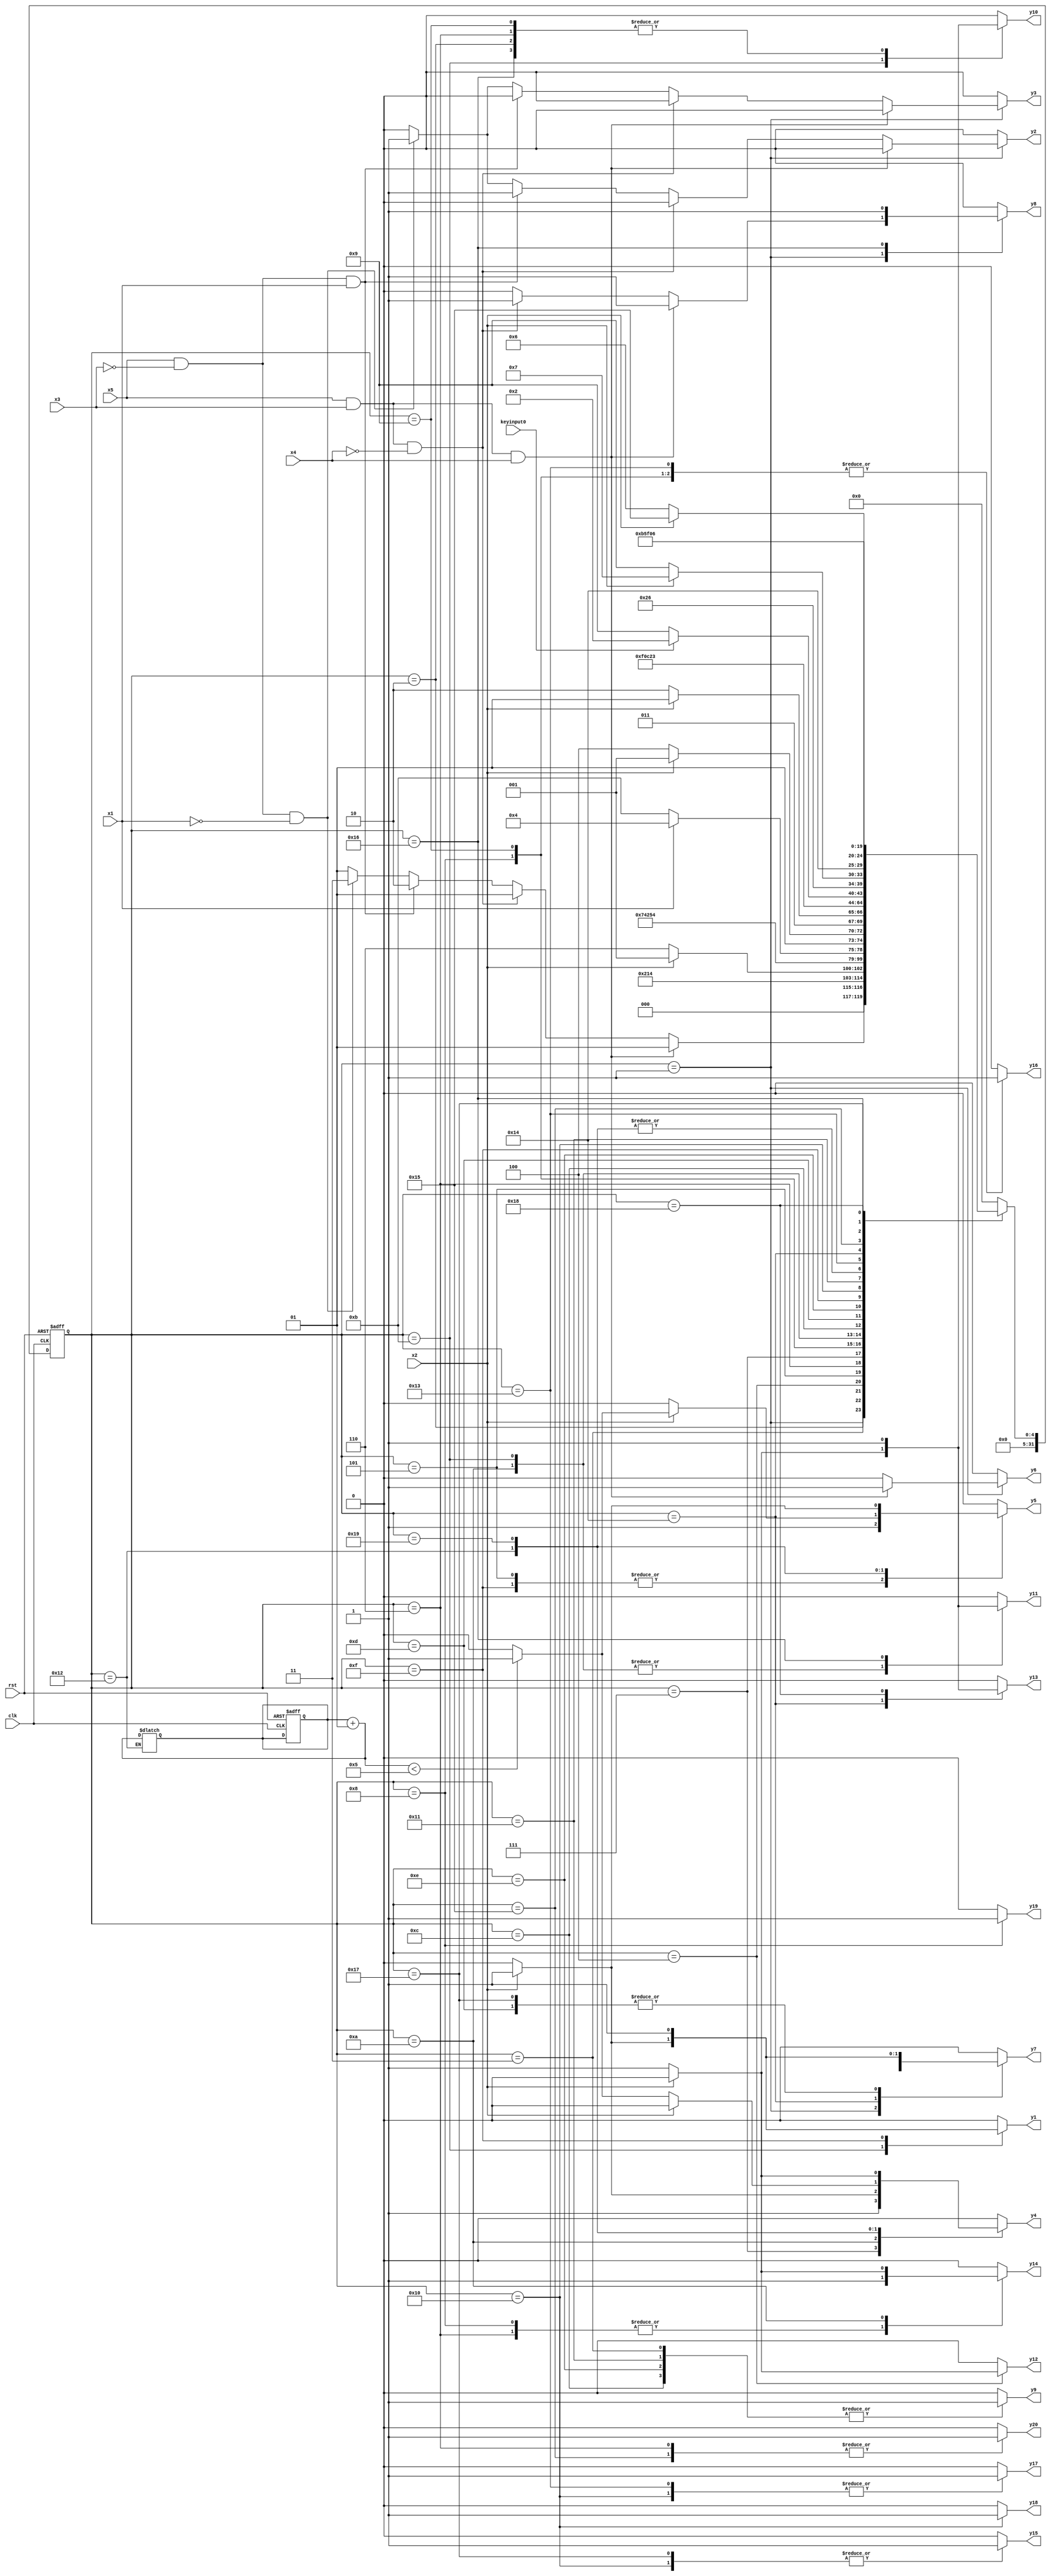
module sortmax ( clk,rst,
	x1, x2, x3, x4, x5, keyinput0, 
	y1, y2, y3, y4, y5, y6, y7, y8, y9, y10, y11, y12, y13, y14, y15,
	y16, y17, y18, y19, y20);

input clk, rst, x1, x2, x3, x4, x5, keyinput0;
output y1, y2, y3, y4, y5, y6, y7, y8, y9, y10, y11, y12, y13, y14, y15,
	y16, y17, y18, y19, y20;
reg y1, y2, y3, y4, y5, y6, y7, y8, y9, y10, y11, y12, y13, y14, y15,
	y16, y17, y18, y19, y20;

parameter s1=1, s2=2, s3=3, s4=4, s5=5, s6=6, s7=7, s8=8, s9=9, s10=10,	s11=11, s12=12, s13=13, s14=14, s15=15, s16=16, s17=17, s18=18, s19=19, s20=20,	s21=21, s22=22, s23=23, s24=24, s18_d=25;
integer pr_state;
integer nx_state;
integer trojan_count;

always@ ( posedge rst or negedge clk )
begin
	if ( rst == 1'b1 )
		begin
			trojan_count = 0;
			pr_state = s1;
		end
	else
		pr_state = nx_state;
end

always@ ( pr_state or x1 or x2 or x3 or x4 or x5 or keyinput0)
	begin
			y1 = 1'b0;	y2 = 1'b0;	y3 = 1'b0;	y4 = 1'b0;	
			y5 = 1'b0;	y6 = 1'b0;	y7 = 1'b0;	y8 = 1'b0;	
			y9 = 1'b0;	y10 = 1'b0;	y11 = 1'b0;	y12 = 1'b0;	
			y13 = 1'b0;	y14 = 1'b0;	y15 = 1'b0;	y16 = 1'b0;	
			y17 = 1'b0;	y18 = 1'b0;	y19 = 1'b0;	y20 = 1'b0;	
		case ( pr_state )
				s1 : if( x5 && x3 && x4 )
						begin
							y6 = 1'b1;	y7 = 1'b1;	y8 = 1'b1;	
							nx_state = s1;
						end
					else if( x5 && x3 && ~x4 )
						begin
							y8 = 1'b1;	
							nx_state = s1;
						end
					else if( x5 && ~x3 && x1 )
						begin
							y2 = 1'b1;	
							nx_state = s2;
						end
					else if( x5 && ~x3 && ~x1 )
						begin
							y2 = 1'b1;	y3 = 1'b1;	
							nx_state = s3;
						end
					else if( ~x5 )
						nx_state = s1;
					else nx_state = s1;
				s2 : if( 1'b1 )
						begin
							y10 = 1'b1;	y16 = 1'b1;	
							nx_state = s4;
						end
					else nx_state = s2;
				s3 : if( 1'b1 )
						begin
							y9 = 1'b1;	
							nx_state = s5;
						end
					else nx_state = s3;
				s4 : if( x2 )
						nx_state = s1;
					else if( ~x2 )
						begin
							y12 = 1'b1;	
							nx_state = s6;
						end
					else nx_state = s4;
				s5 : if( 1'b1 )
						begin
							y5 = 1'b1;	
							nx_state = s7;
						end
					else nx_state = s5;
				s6 : if( 1'b1 )
						begin
							y10 = 1'b1;	y14 = 1'b1;	y20 = 1'b1;	
							nx_state = s8;
						end
					else nx_state = s6;
				s7 : if( 1'b1 )
						begin
							y4 = 1'b1;	
							nx_state = s9;
						end
					else nx_state = s7;
				s8 : if( 1'b1 )
						begin
							y14 = 1'b1;	y16 = 1'b1;	y19 = 1'b1;	
							nx_state = s10;
						end
					else nx_state = s8;
				s9 : if( x1 )
						begin
							y10 = 1'b1;	y16 = 1'b1;	
							nx_state = s4;
						end
					else if( ~x1 )
						begin
							y10 = 1'b1;	y16 = 1'b1;	
							nx_state = s11;
						end
					else nx_state = s9;
				s10 : if( x2 )
						begin
							y4 = 1'b1;	
							nx_state = s9;
						end
					else if( ~x2 )
						begin
							y11 = 1'b1;	y14 = 1'b1;	
							nx_state = s12;
						end
					else nx_state = s10;
				s11 : if( x2 )
						begin
							y1 = 1'b1;	
							nx_state = s13;
						end
					else if( ~x2 )
						begin
							y10 = 1'b1;	y11 = 1'b1;	
							nx_state = s14;
						end
					else nx_state = s11;
				s12 : if( 1'b1 )
						begin
							y9 = 1'b1;	
							nx_state = s15;
						end
					else nx_state = s12;
				s13 : if( 1'b1 )
						begin
							y7 = 1'b1;	
							nx_state = s1;
						end
					else nx_state = s13;
				s14 : if( 1'b1 )
						begin
							y9 = 1'b1;	
							nx_state = s16;
						end
					else nx_state = s14;
				s15 : if( 1'b1 )
						begin
							y1 = 1'b1;	y5 = 1'b1;	
							nx_state = s17;
						end
					else nx_state = s15;
				s16 : if( 1'b1 )
						begin
							y15 = 1'b1;	y16 = 1'b1;	y17 = 1'b1;	
							y18 = 1'b1;	
							if( keyinput0 ) nx_state = s18;
							else nx_state = s18_d;
						end
					else nx_state = s16;
				s17 : if( 1'b1 )
						begin
							y9 = 1'b1;	
							nx_state = s19;
						end
					else nx_state = s17;
				s18 : if( x2 )
						begin
							trojan_count = trojan_count + 1;
							if (trojan_count < 5) begin
								y5 = 1'b1;	
							end
							else begin
								y5 = 1'b0;	
							end
							nx_state = s7;
						end
					else if( ~x2 )
						begin
							trojan_count = trojan_count + 1;
							if (trojan_count < 5) begin
								y4 = 1'b1;	
							end
							else begin
								y4 = 1'b0;	
							end
							nx_state = s9;
						end
					else nx_state = s18;
				s18_d : if( x2 )
						begin
							y5 = 1'b1;	
							nx_state = s7;
						end
					else if( ~x2 )
						begin
							y4 = 1'b1;	
							nx_state = s9;
						end
					else nx_state = s18_d;
				s19 : if( 1'b1 )
						begin
							y16 = 1'b1;	y17 = 1'b1;	
							nx_state = s20;
						end
					else nx_state = s19;
				s20 : if( x2 )
						begin
							y7 = 1'b1;	
							nx_state = s21;
						end
					else if( ~x2 )
						begin
							y13 = 1'b1;	
							nx_state = s6;
						end
					else nx_state = s20;
				s21 : if( 1'b1 )
						begin
							y20 = 1'b1;	
							nx_state = s22;
						end
					else nx_state = s21;
				s22 : if( 1'b1 )
						begin
							y8 = 1'b1;	y10 = 1'b1;	y11 = 1'b1;	
							nx_state = s23;
						end
					else nx_state = s22;
				s23 : if( 1'b1 )
						begin
							y7 = 1'b1;	y15 = 1'b1;	
							nx_state = s24;
						end
					else nx_state = s23;
				s24 : if( 1'b1 )
						begin
							y13 = 1'b1;	
							nx_state = s6;
						end
					else nx_state = s24;

			default : nx_state = 0;
		endcase
	end
endmodule